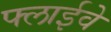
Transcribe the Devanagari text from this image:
फ्लाईवे